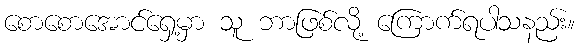
စောစောအောင်ရှေ့မှာ သူ ဘာဖြစ်လို့ ကြောက်ရပါသနည်း။